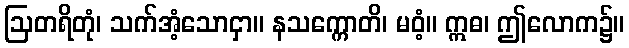
ဩတရိတုံ၊ သက်အံ့သောငှာ။ နသက္ကောတိ၊ မဝံ့။ ဣဓ၊ ဤလောက၌။